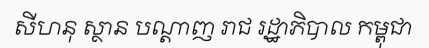
សីហនុ ស្ថាន បណ្តាញ រាជ រដ្ឋាភិបាល កម្ពុជា